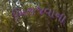
બિરાજવાના